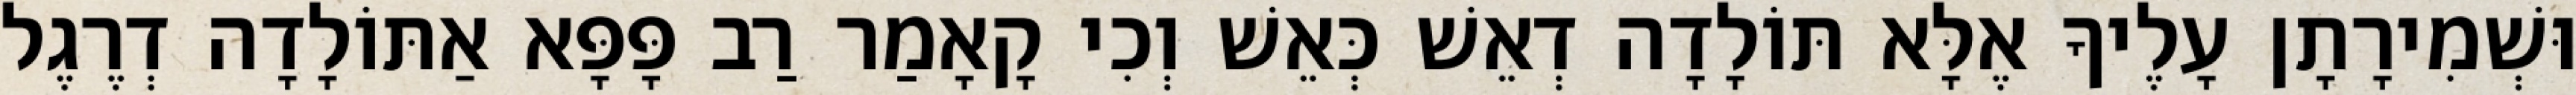
וּשְׁמִירָתָן עָלֶיךָ אֶלָּא תּוֹלָדָה דְאֵשׁ כְּאֵשׁ וְכִי קָאָמַר רַב פָּפָּא אַתּוֹלָדָה דְרֶגֶל